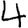
Digit: 4